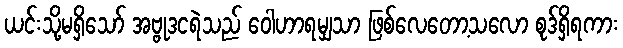
ယင်းသို့မရှိသော် အဗ္ဗုဒငရဲသည် ဝေါဟာရမျှသာ ဖြစ်လေတော့သလော စုဒ်ရှိရကား